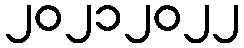
၂၀၂၁၂၀၂၂